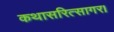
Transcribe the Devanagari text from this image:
कथासरित्सागर।